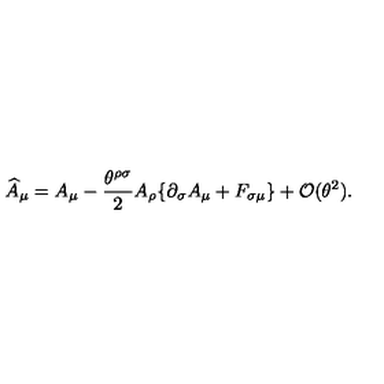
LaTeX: \widehat { A } _ { \mu } = A _ { \mu } - \frac { \theta ^ { \rho \sigma } } { 2 } A _ { \rho } \{ \partial _ { \sigma } A _ { \mu } + F _ { \sigma \mu } \} + { \mathcal O } ( \theta ^ { 2 } ) .